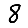
Digit: 8